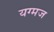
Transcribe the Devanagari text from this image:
यग्मज